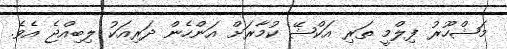
މަޝްހޫރު ފިލްމީ ތަރި އަކްޝޭ ކުމާރަށް އަންހެން ދަރިއަކު ލިބިއްޖެ އެވެ.